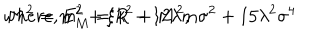
w h e r e , E _ { M } ^ { 2 } = k ^ { 2 } + M ^ { 2 } , \hspace { 1 . 5 c m } M ^ { 2 } = m ^ { 2 } + \xi R - 1 2 \lambda m \sigma ^ { 2 } + 1 5 \lambda ^ { 2 } \sigma ^ { 4 }